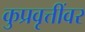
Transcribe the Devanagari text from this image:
कुप्रवृत्तींवर